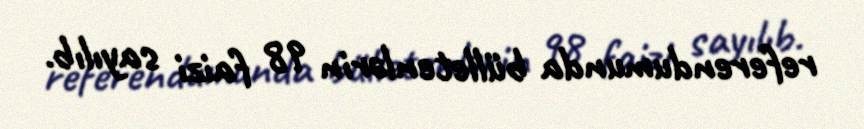
referendumunda bülletenlərin 98 faizi sayılıb.